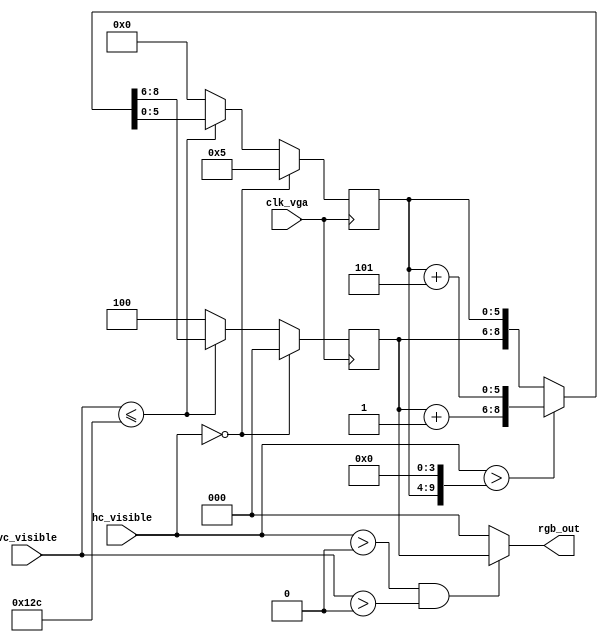
`timescale 1ns / 1ps
////////////////////////////////////////////////////////////////////////////////
// video_testpattern.v -- basic video test pattern generator
//
//          03/05/06, 14/06/12
////////////////////////////////////////////////////////////////////////////////

module videotestpattern_640x480(clk_vga,hc_visible,vc_visible,rgb_out);
	input clk_vga;				
	input [9:0]hc_visible;
	input [9:0]vc_visible;
	output [2:0] rgb_out;
	reg [2:0]rgb_value, rgb_value_next;
	reg [5:0] col, col_next;
	
	always@(*)
	begin
		if (hc_visible == 'd0)
			{rgb_value_next, col_next} = {3'd0,6'd5};
		else if(vc_visible <= 9'd300)
		begin
			if( hc_visible > {col,4'b0000} )
				{rgb_value_next, col_next} = {rgb_value + 3'd1, col + 6'd5};
			else
				{rgb_value_next, col_next} = {rgb_value, col};
		end
		else
			{rgb_value_next, col_next} = {3'b100, 6'd0};
	end

	always @(posedge clk_vga) 
	begin
		col <= col_next;
		rgb_value <= rgb_value_next;
	end
	
	assign rgb_out = ((hc_visible>0) && (vc_visible>0))? rgb_value : 3'd0; 

endmodule